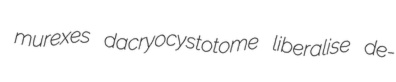
murexes dacryocystotome liberalise de-